Report of the Indian Hemp Drugs Commission, 1894-1895 - Volume VIII
Year: 1894
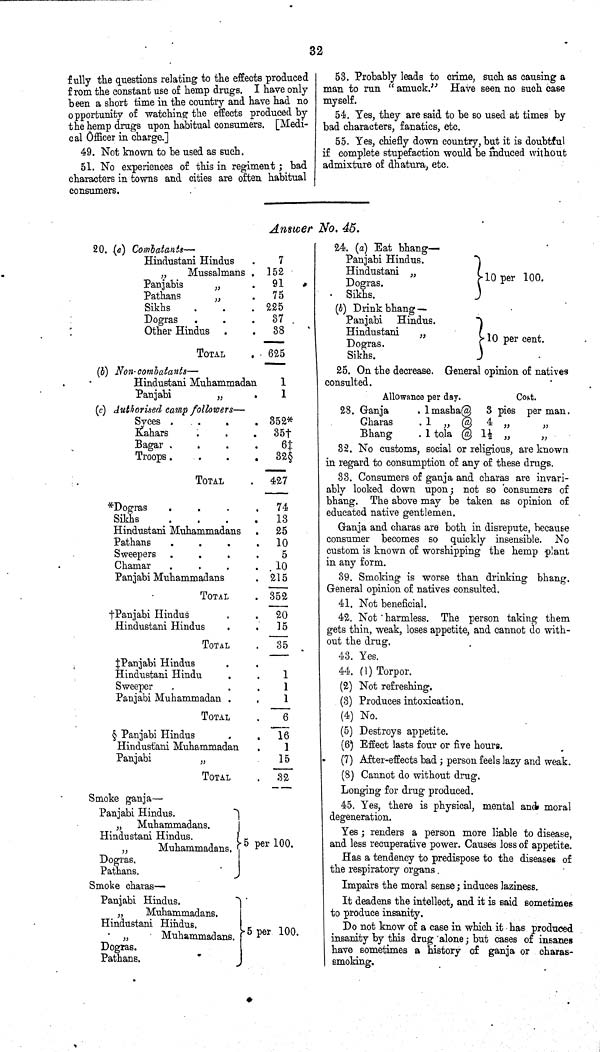
32
fully the questions relating to the effects produced
from the constant use of hemp drugs. I have only
been a short time in the country and have had no
opportunity of watching the effects produced by
the hemp drugs upon habitual consumers. [Medi-
cal Officer in charge.]
49. Not known to be used as such.
51. No experiences of this in regiment; bad
characters in towns and cities are often habitual
consumers.
53. Probably leads to crime, such as causing a
man to run "amuck." Have seen no such case
myself.
54. Yes, they are said to be so used at times by
bad characters, fanatics, etc.
55. Yes, chiefly down country, but it is doubtful
if complete stupefaction would be induced without
admixture of dhatura, etc.
Answer No. 45.
20. (a) Combatants—
Hindustani Hindus
7
"
Mussalmans
152
Panjabis
"
91
Pathans
"
75
Sikhs
225
Dogras
37
Other Hindus
38
TOTAL
625
(b) Non-combatants—
Hindustani Muhammadan
1
Panjabi
"
1
(c) Authorised camp followers—
Syces
352*
Kahars
35†
Bagar
6‡
Troops
TOTAL
427
*Dogras
74
Sikhs
13
Hindustani Muhammadans
25
Pathans
10
Sweepers
5
Chamar
10
Panjabi Muhammadans
215
TOTAL
352
† Panjabi Hindus
20
Hindustani Hindus
15
TOTAL
35
‡Panjabi Hindus
Hindustani Hindu
1
Sweeper
1
Panjabi Muhammadan
1
TOTAL
6
§ Panjabi Hindus
16
Hindustani Muhammadan
1
Panjabi
"
15
TOTAL
32
Smoke ganja—
Panjabi Hindus.
" Muhammadans.
Hindustani Hindus.
5 per 100.
"
Muhammadans. 5 per 100.
Dogras.
Pathans.
Smoke charas—
Panjabi Hindus.
"
Muhammadans.
Hindustani Hindus.
5 per 100.
"
Muhammadans. 5 per 100.
Dogras.
Pathans.
24. (a) Eat bhang—
Panjabi Hindus.
Hindustani "
10 per 100.
Dogras.
10 per 100.
Sikhs.
(b) Drink bhang —
Panjabi Hindus.
Hindustani "
"10 per cent.
Dogras.
"10 per cent.
Sikhs.
25. On the decrease. General opinion of natives
consulted.
Allowance per day.
Cost.
28. Ganja
1 masha@ 3 pies per man.
Charas
1 " @ 4 "
"
Bhang
1 tola @ 11/2 "
"
32. No customs, social or religious, are known
in regard to consumption of any of these drugs.
33. Consumers of ganja and charas are invari-
ably looked down upon; not so consumers of
bhang. The above may be taken as opinion of
educated native gentlemen.
Ganja and charas are both in disrepute, because
consumer becomes so quickly insensible. No
custom is known of worshipping the hemp plant
in any form.
39. Smoking is worse than drinking bhang.
General opinion of natives consulted.
41. Not beneficial.
42. Not harmless. The person taking them
gets thin, weak, loses appetite, and cannot do with-
out the drug.
43. Yes.
44. (1) Torpor.
(2) Not refreshing.
(3) Produces intoxication.
(4) No.
(5) Destroys appetite.
(6) Effect lasts four or five hours.
(7) After-effects bad; person feels lazy and weak.
(8) Cannot do without drug.
Longing for drug produced.
45. Yes, there is physical, mental and moral
degeneration.
Yes; renders a person more liable to disease,
and less recuperative power. Causes loss of appetite.
Has a tendency to predispose to the diseases of
the respiratory organs.
Impairs the moral sense; induces laziness.
It deadens the intellect, and it is said sometimes
to produce insanity.
Do not know of a case in which it has produced
insanity by this drug alone; but cases of insanes
have sometimes a history of ganja or charas-
smoking.